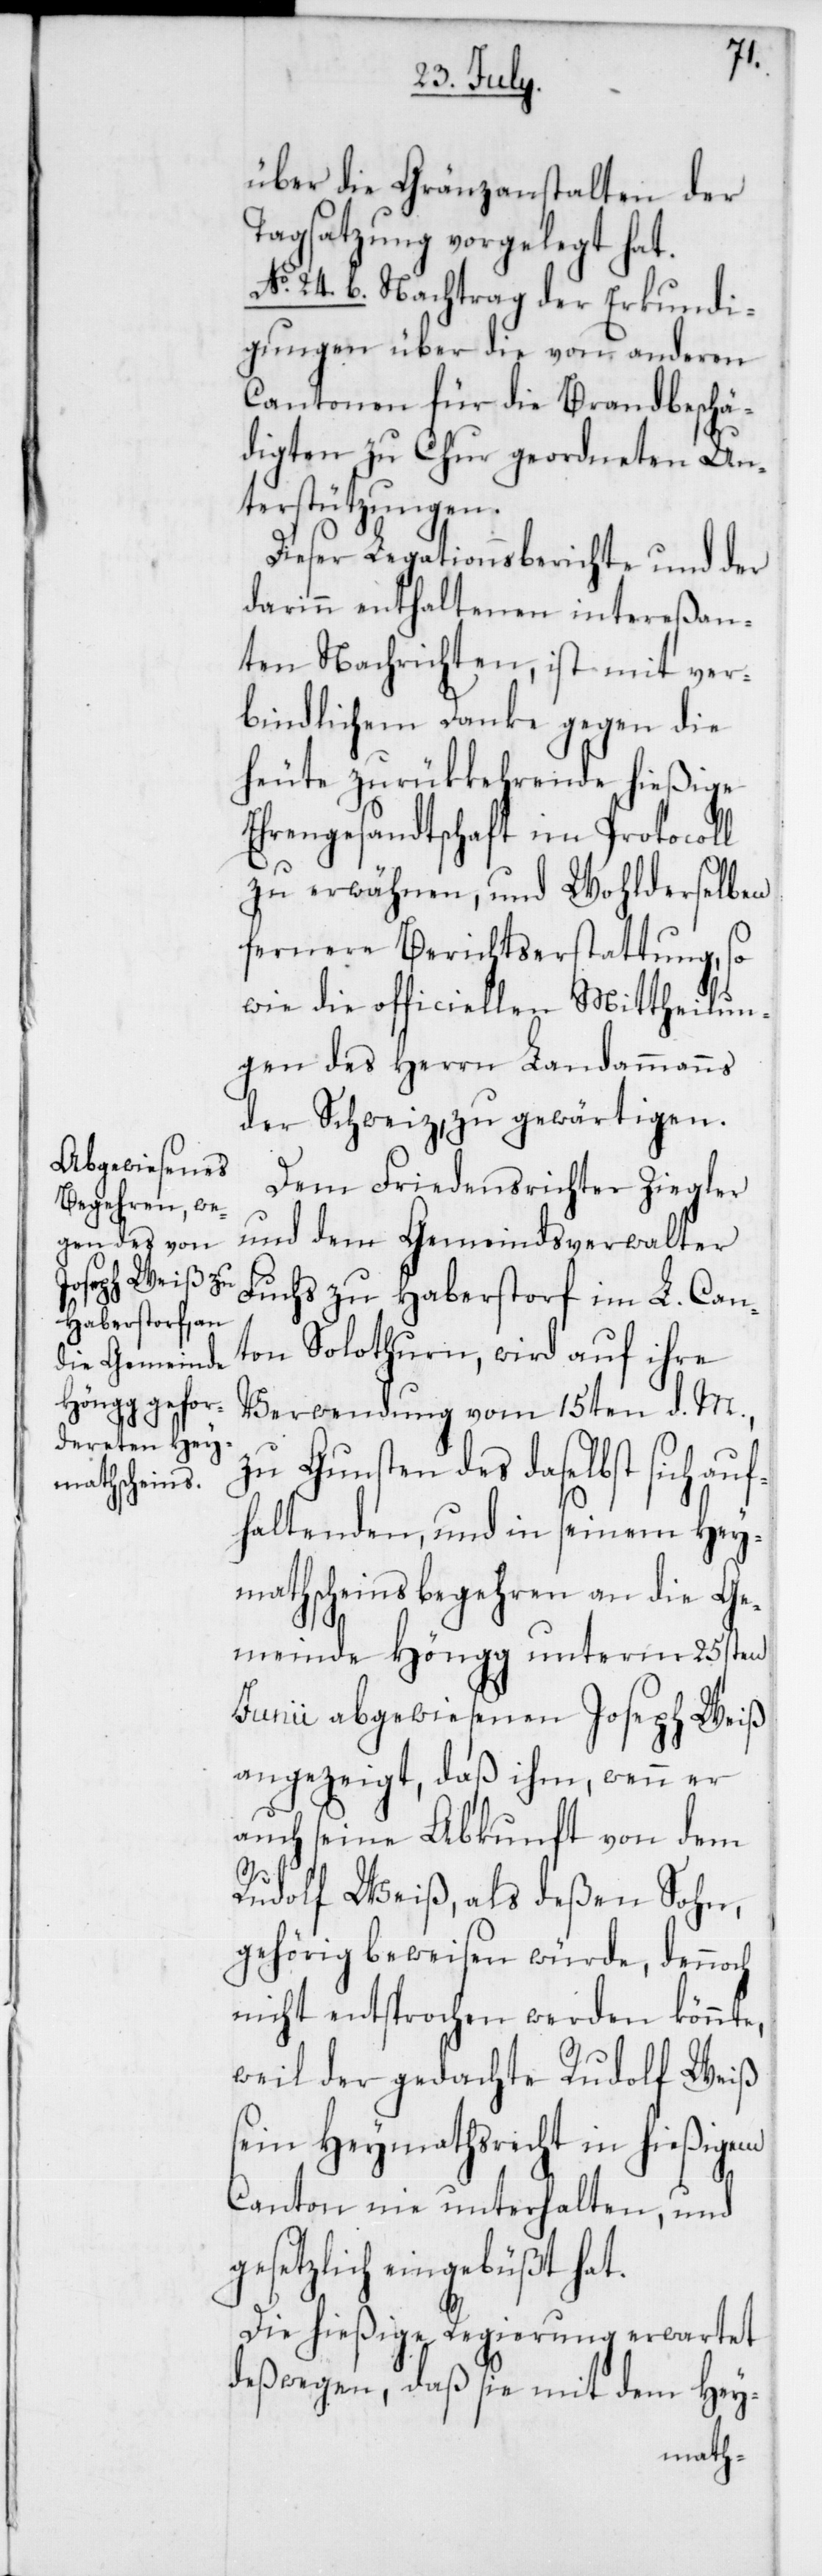
über die Gränzanstalten der
Tagsatzung vorgelegt hat.
No. 24. b. Nachtrag der Erkundi¬
gungen über die von anderen
Cantonen für die Brandbeschä¬
digten zu Chur geordneten Un¬
terstützungen.
Dieser Legationsberichte und der
darinn enthaltenen intereßan¬
ten Nachrichten, ist mit ver¬
bindlichem Danke gegen die
heute zurükkehrende hießige
Ehrengesandtschaft im Protocoll
zu erwähnen, und Wohlderselben
fernere Berichtserstattung, so
wie die officiellen Mittheilun¬
gen des Herrn Landammanns
der Schweiz, zu gewärtigen.
Dem Friedensrichter Ziegler
und dem Gemeindsverwalter
Fuchs zu Haberstorf im L. Can¬
ton Solothurn, wird auf ihre
Verwendung vom 15ten d. M.,
zu Gunsten des daselbst sich auf¬
haltenden, und in seinem Hey¬
mathscheinsbegehren an die Ge¬
meinde Höngg unterm 25sten
Junii abgewiesenen Joseph Weiß
angezeigt, daß ihm, wenn er
auch seine Abkunft von dem
Rudolf Weiß, als deßen Sohn,
gehörig beweisen würde, dennoch
nicht entsprochen werden könnte,
weil der gedachte Rudolf Weiß
sein Heymathsrecht in hießigem
Canton nie unterhalten, und
gesetzlich eingebüßt hat.
Die hießige Regierung erwartet
deßwegen, daß sie mit dem Hey-